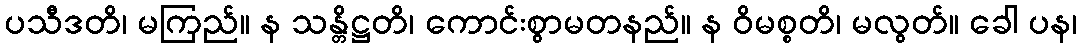
ပသီဒတိ၊ မကြည်။ န သန္တိဋ္ဌတိ၊ ကောင်းစွာမတနည်။ န ဝိမစ္စတိ၊ မလွတ်။ ခေါ ပန၊